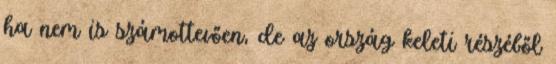
ha nem is számottevően, de az ország keleti részéből